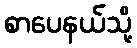
စာပေနယ်သို့